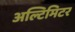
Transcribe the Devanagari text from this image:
अल्टिमिटर